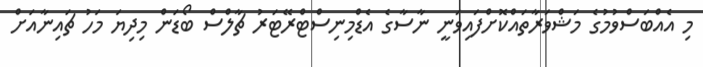
މި އެއްބަސްވުމުގެ މަޝްވަރާތައްކޮށްފައިވަނީ ނާސާގެ އެޑްމިނިސްޓްރޭޓަރު ޗާލްސް ބޯޑަން މިދިޔަ މަހު ޗައިނާއަށް